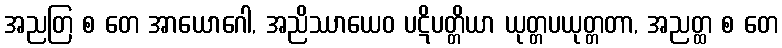
အညတြ စ တေ အာယောဂေါ, အညိဿာယေဝ ပဋိပတ္တိယာ ယုတ္တပယုတ္တတာ, အညတ္ထ စ တေ